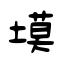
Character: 塻